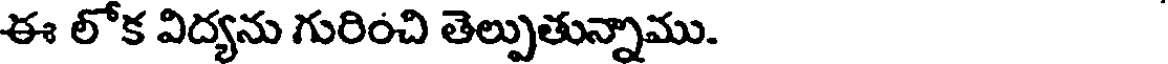
ఈ లోక విద్యను గురించి తెల్పుతున్నాము.